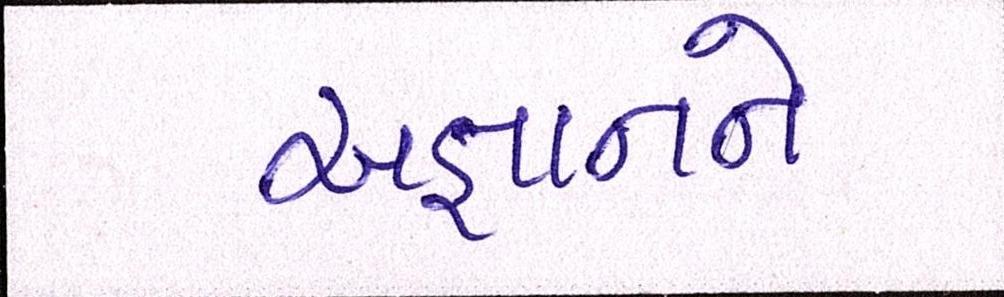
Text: અજ્ઞાનને